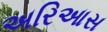
અરિઆસ